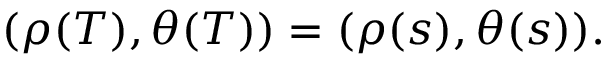
( \rho ( T ) , \theta ( T ) ) = ( \rho ( s ) , \theta ( s ) ) .